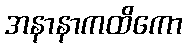
အနာနာကထိကော